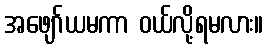
အဖျော်ယမကာ ဝယ်လို့ရမလား။